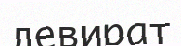
левират